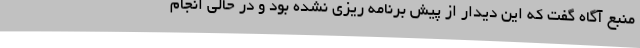
منبع آگاه گفت که این دیدار از پیش برنامه ریزی نشده بود و در حالی انجام